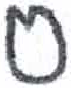
אות: ס